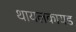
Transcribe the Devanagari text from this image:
थायलकायड